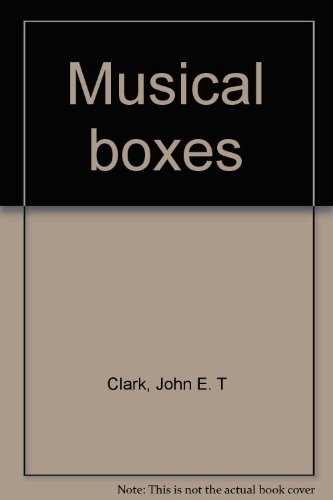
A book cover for Musical boxes; John E. T Clark; Crafts, Hobbies & Home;